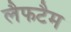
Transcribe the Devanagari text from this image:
लैफटैम